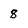
Character: 8